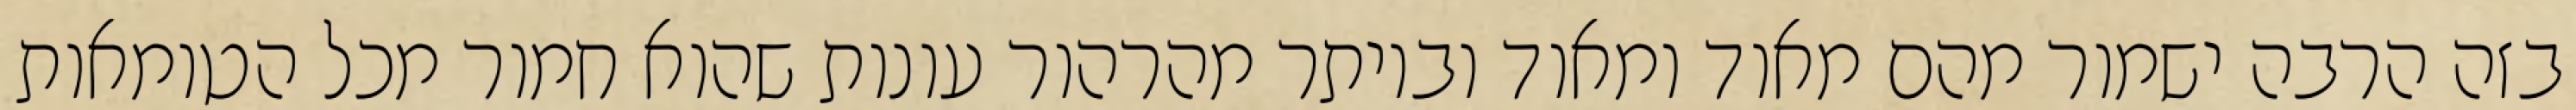
בזה הרבה ישמור מהם מאוד ומאוד וביותר מהרהור עונות שהוא חמור מכל הטומאות